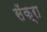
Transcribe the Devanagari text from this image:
सॅक्रा